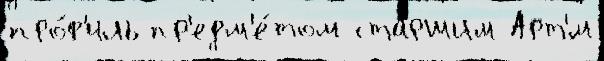
про́ф'иль пр'едм'е́том ста́ршим Арт'́м